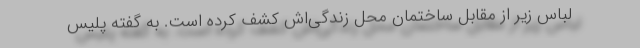
لباس زیر از مقابل ساختمان محل زندگی‌اش کشف کرده است. به گفته پلیس